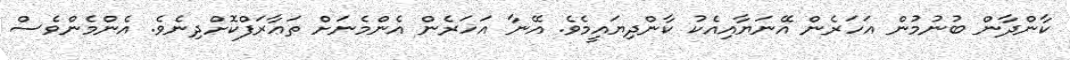
ކާންދާން ބުނުމުން އަހަރެން އޭނަޔާއިއެކު ކާންދިޔައީމެވެ. އޭނާ އަހަރެން އެންމެނަށް ތަޢާރަފްކޮށްދިނެވެ. އެންމެންވެސް